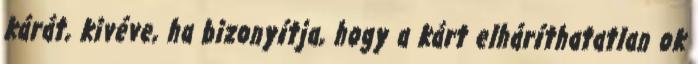
kárát, kivéve, ha bizonyítja, hogy a kárt elháríthatatlan ok